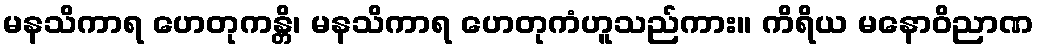
မနသိကာရ ဟေတုကန္တိ၊ မနသိကာရ ဟေတုကံဟူသည်ကား။ ကိရိယ မနောဝိညာဏ